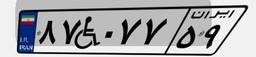
۸۷W۰۷۷۵۹